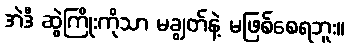
အဲဒီ ဆွဲကြိုးကိုသာ မချွတ်နဲ့ မဖြစ်စေရဘူး။